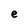
Character: e